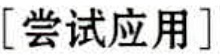
\[ \text{[尝试应用]} \]